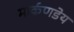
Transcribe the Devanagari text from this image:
मार्कणडेय